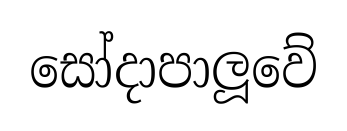
සෝදාපාලූවේ